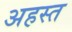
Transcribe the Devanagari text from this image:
अहस्त